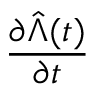
\frac { \partial \hat { \Lambda } ( t ) } { \partial t }